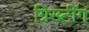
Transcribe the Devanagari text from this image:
ग्रिख्टींग